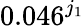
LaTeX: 0.046^{j_{1}}